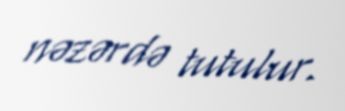
nəzərdə tutulur.